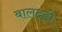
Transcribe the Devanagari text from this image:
बालदड़ी